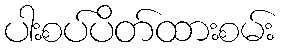
ပါးစပ်ပိတ်ထားစမ်း